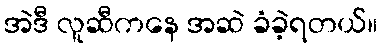
အဲဒီ လူဆီကနေ အဆဲ ခံခဲ့ရတယ်။